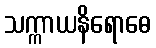
သက္ကာယနိရောဓေ